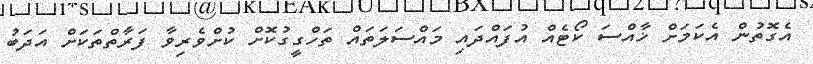
އެގޮތުން އެކަމަށް ޚާއްސަ ކޯޓެއް އުފައްދައި މައްސަލަތައް ތަހްގީގުކޮށް ކުށްވެރިވާ ފަރާތްތަކަށް އަދަބު